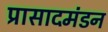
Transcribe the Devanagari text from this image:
प्रासादमंडन